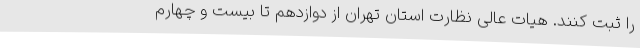
را ثبت کنند. هیات عالی نظارت استان تهران از دوازدهم تا بیست و چهارم